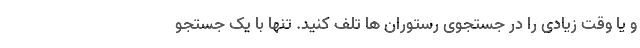
و یا وقت زیادی را در جستجوی رستوران ها تلف کنید. تنها با یک جستجو